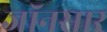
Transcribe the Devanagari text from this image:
जॉनसार